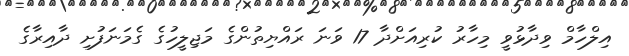
އިލްހާމް ވިދާޅުވީ މިހާރު ކުރިއަށްދާ 17 ވަނަ ރައްޔިތުންގެ މަޖިލީހުގެ ގެމަނަފުށި ދާއިރާގެ